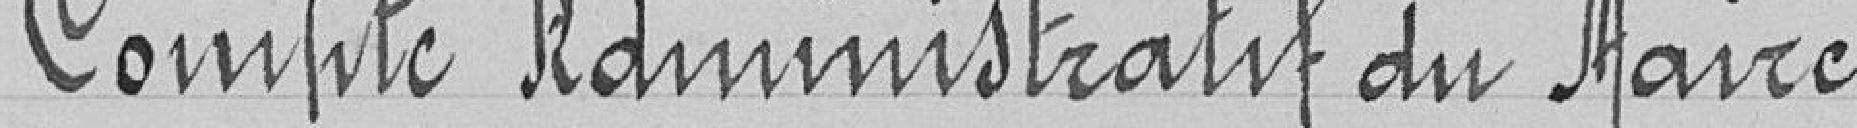
Compte administratif du Maire